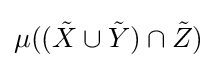
\mu (({\tilde {X}}\cup {\tilde {Y}})\cap {\tilde {Z}})